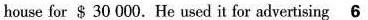
house for $ 30 000.He used it for advertising \underline{6}